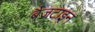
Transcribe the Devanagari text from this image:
बैज़टाइन